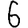
Digit: 6